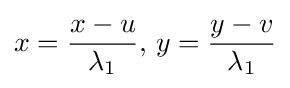
x={\frac {x-u}{\lambda _{1}}},\,y={\frac {y-v}{\lambda _{1}}}